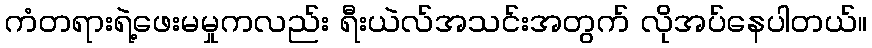
ကံတရားရဲ့ဖေးမမှုကလည်း ရီးယဲလ်အသင်းအတွက် လိုအပ်နေပါတယ်။